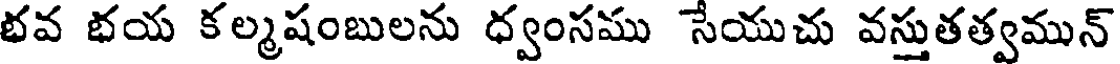
భవ భయ కల్మషంబులను ధ్వంసము సేయుచు వస్తుతత్వమున్